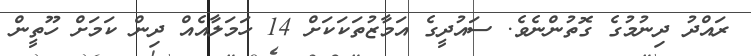
ރައްދު ދިނުމުގެ ގޮތުންނެވެ. ސައުދީގެ އަމާޒުތަކަކަށް 14 ހަމަލާއެއް ދިން ކަމަށް ހޫތީން